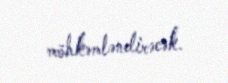
möhkəmləndirəcək.